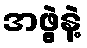
အဖွဲ့နဲ့